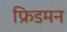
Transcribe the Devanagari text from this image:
फ्रिडमन